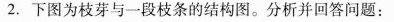
2.下图为枝芽与一段枝条的结构图。分析并回答问题：